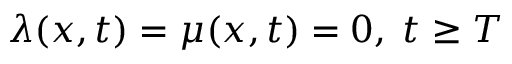
\lambda ( x , t ) = \mu ( x , t ) = 0 , \; t \geq T